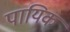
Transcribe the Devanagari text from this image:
पायिक